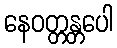
နေဝတ္တန္တပေါ